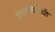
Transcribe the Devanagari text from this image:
दंगलविरोधी